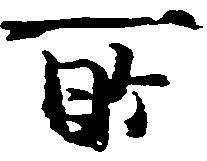
所